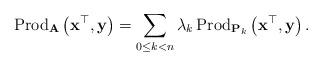
LaTeX: \begin{align*}\mbox{Prod}_{\mathbf{A}}\left(\mathbf{x}^{\top},\mathbf{y}\right)=\sum_{0\le k<n}\lambda_{k}\,\mbox{Prod}_{\mathbf{P}_{k}}\left(\mathbf{x}^{\top},\mathbf{y}\right).\end{align*}